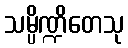
သမ္ပိဏ္ဍိတေသု